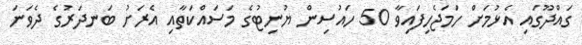
ގައްދޫގައި އެޅުމަށް ހަމަޖެހިފައިވާ 50 ހައުސިން ޔުނިޓުގެ މަސައްކަތާއި އެރަށު ބަނދަރުގެ ދެވަނަ